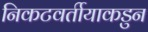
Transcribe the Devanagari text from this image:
निकटवर्तीयाकडुन